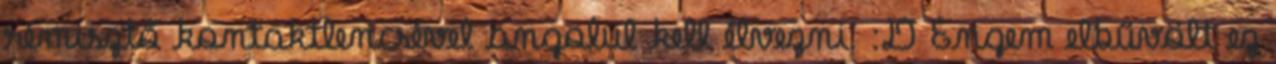
rémisztő kontaktlencsével angolul kell élvezni. :D Engem elbűvölt ez